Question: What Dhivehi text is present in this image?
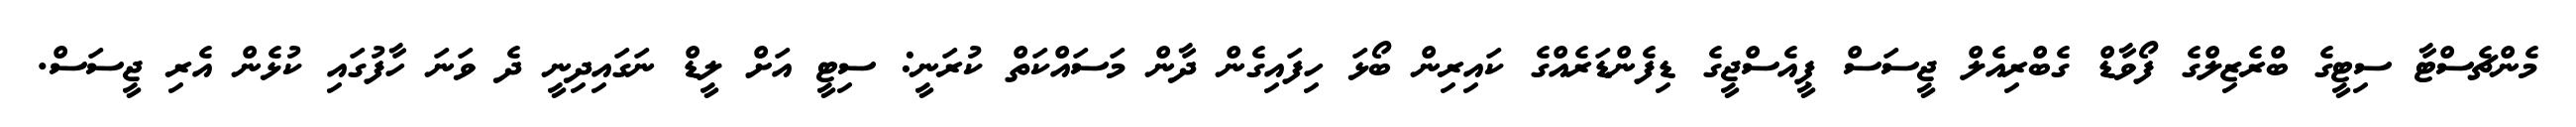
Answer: މެންޗެސްޓާ ސިޓީގެ ބްރެޒިލްގެ ފޯވާޑް ގެބްރިއެލް ޖީސަސް ޕީއެސްޖީގެ ޑިފެންޑަރެއްގެ ކައިރިން ބޯޅަ ހިފައިގެން ދާން މަސައްކަތް ކުރަނީ: ސިޓީ އަށް ލީޑް ނަގައިދިނީ ދެ ވަނަ ހާފުގައި ކުޅެން އެރި ޖީސަސް.